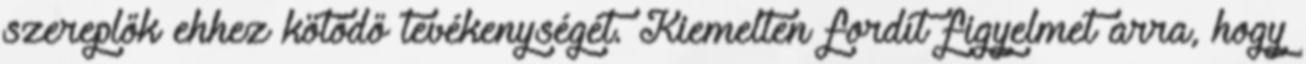
szereplők ehhez kötődő tevékenységét. Kiemelten fordít figyelmet arra, hogy